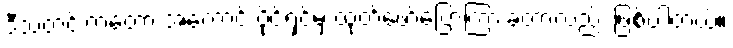
ဒီသတင်းကတော့ အကောင့် ပိုင်ရှင်မှ ထုတ်ဖော်ပြောကြားခဲ့တာလည်း ဖြစ်ပါတယ်။